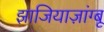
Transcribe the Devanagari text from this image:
झाजियाज़ांग्बू